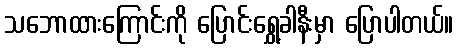
သဘောထားကြောင်းကို ပြောင်းရွှေ့ခါနီးမှာ ပြောပါတယ်။